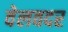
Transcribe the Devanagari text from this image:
वेलवदर